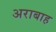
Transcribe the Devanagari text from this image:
अराबाह